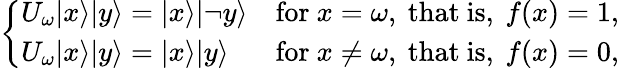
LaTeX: \left\{ \begin{array}{ll}{U_{\omega}|x\rangle|y\rangle=|x\rangle|\neg y\rangle}&{{\mathrm{for~}}x=\omega{\mathrm{,~that~is,~}}f(x)=1,}\\ {U_{\omega}|x\rangle|y\rangle=|x\rangle|y\rangle}&{{\mathrm{for~}}x\neq\omega{\mathrm{,~that~is,~}}f(x)=0,}\end{array}\right.